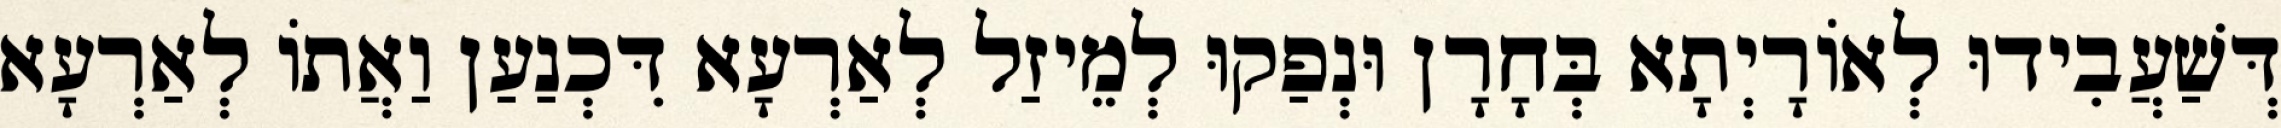
דְּשַׁעֲבִידוּ לְאוֹרָיְתָא בְּחָרָן וּנְפַקוּ לְמֵיזַל לְאַרְעָא דִּכְנַעַן וַאֲתוֹ לְאַרְעָא